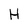
Character: H